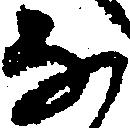
な